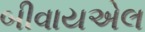
બીવાયએલ